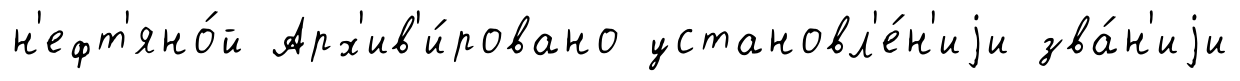
н'ефт'яно́й Арх'ив'и́ровано установл'е́н'иjи зва́н'иjи